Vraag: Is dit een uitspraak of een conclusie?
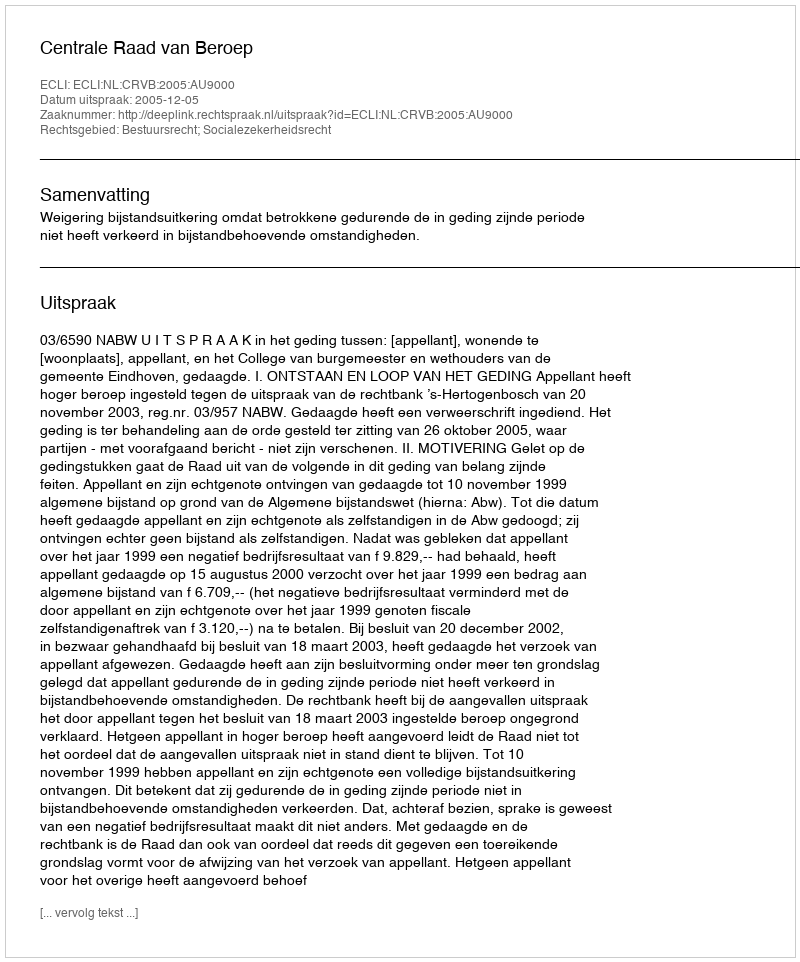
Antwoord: Uitspraak